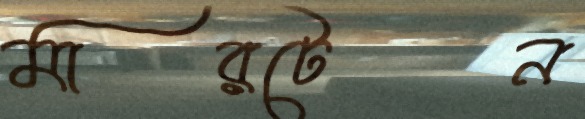
মারটেন